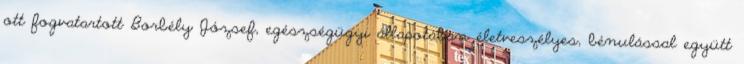
ott fogvatartott Borbély József, egészségügyi állapotában életveszélyes, bénulással együtt